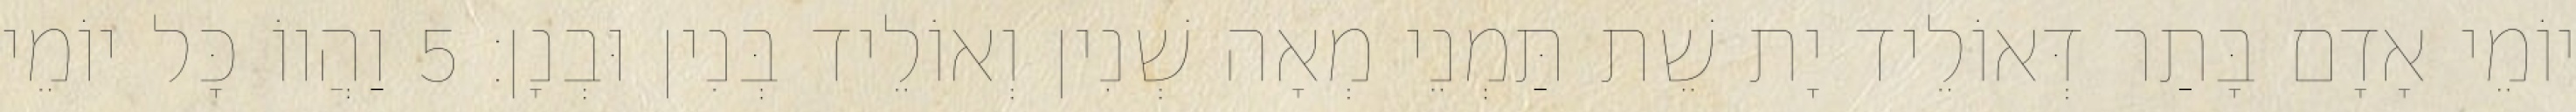
יוֹמֵי אָדָם בָּתַר דְּאוֹלֵיד יָת שֵׁת תַּמְנֵי מְאָה שְׁנִין וְאוֹלֵיד בְּנִין וּבְנָן׃ 5 וַהֲווֹ כָּל יוֹמֵי